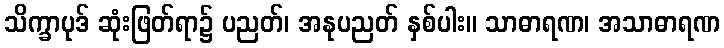
သိက္ခာပုဒ် ဆုံးဖြတ်ရာ၌ ပညတ်၊ အနုပညတ် နှစ်ပါး။ သာဓာရဏ၊ အသာဓာရဏ